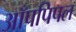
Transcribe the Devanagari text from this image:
आँपपिपल